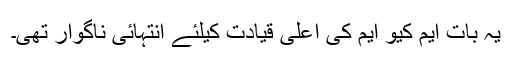
یہ بات ایم کیو ایم کی اعلیٰ قیادت کیلئے انتہائی ناگوار تھی۔